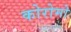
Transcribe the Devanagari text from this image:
कोरोमो